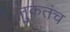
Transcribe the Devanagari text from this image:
नुकतंच